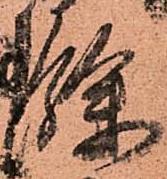
餘